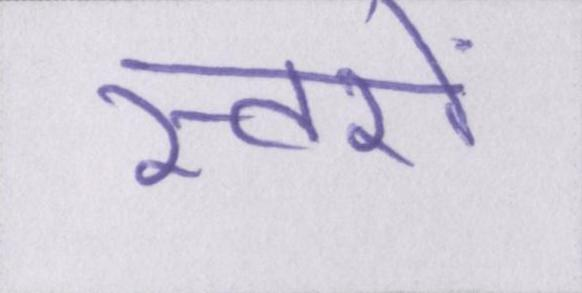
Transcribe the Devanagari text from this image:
स्तरों